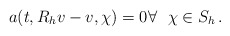
\begin{align*} a(t,R_h v-v, \chi)=0\forall~~ \chi\in S_h\,.\end{align*}